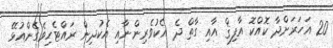
20 އަހަރަށްދާ ކޮއްކޮ އާފިޤް އާއި ގާތް ދެ އެކުވެރިންނާއި އެކުދިން ރައްޓެހިވެގެންއުޅޭ